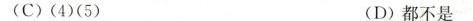
(C) (4)(5) (D)都不是